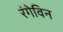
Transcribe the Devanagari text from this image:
रंगेविन